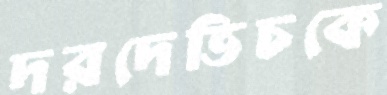
দরদেভিচকে